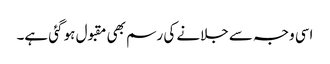
اسی وجہ سے جلانے کی رسم بھی مقبول ہو گئی ہے۔